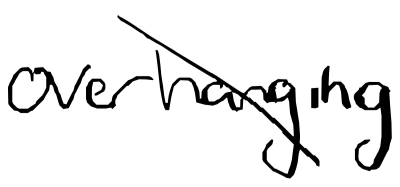
Text: overhanging
Cross-out: diagonal
Writing tool: digital_black